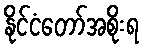
နိုင်ငံတော်အစိုးရ